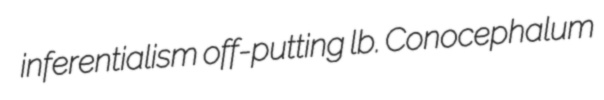
inferentialism off-putting lb. Conocephalum